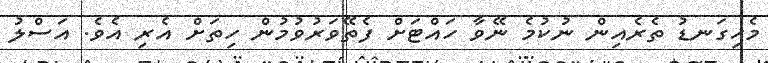
މެހިގަނޑު ތެރެއިން ނުކުމެ ނޭވާ ހައްޓަށް ފެތޭވަރުވުމުން ހިތަށް އެރި އެވެ. އަސްލު